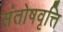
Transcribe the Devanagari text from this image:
संतोषवृत्ति